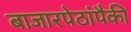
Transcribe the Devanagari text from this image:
बाजारपेठांपैकी